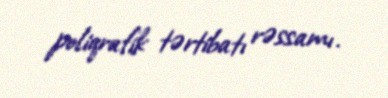
poliqrafik tərtibatı rəssamı.